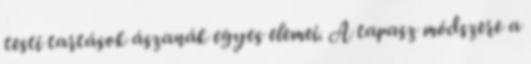
testi tartások ászanák egyes elemei. A tapasz módszere a